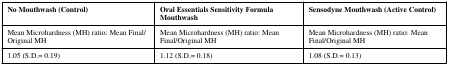
<table><thead><tr><td><b>No Mouthwash (Control)</b></td><td><b>Oral Essentials Sensitivity Formula Mouthwash</b></td><td><b>Sensodyne Mouthwash (Active Control)</b></td></tr></thead><tbody><tr><td>Mean Microhardness (MH) ratio: Mean Final/Original MH</td><td>Mean Microhardness (MH) ratio: Mean Final/Original MH</td><td>Mean Microhardness (MH) ratio: Mean Final/Original MH</td></tr><tr><td>1.05 (S.D.= 0.19)</td><td>1.12 (S.D.= 0.18)</td><td>1.08 (S.D.= 0.13)</td></tr></tbody></table>